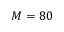
M = 8 0